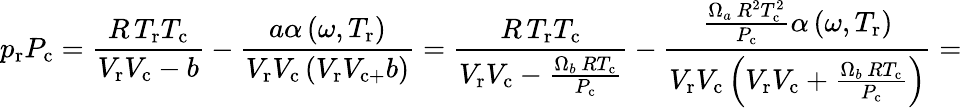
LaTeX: p_{\mathrm{r}}P_{\mathrm{c}}={\frac{R\, T_{\mathrm{r}}T_{\mathrm{c}}}{V_{\mathrm{r}}V_{\mathrm{c}}-b}}-{\frac{a\alpha\left(\omega,T_{\mathrm{r}}\right)}{V_{\mathrm{r}}V_{\mathrm{c}}\left(V_{\mathrm{r}}V_{\mathrm{c+}}b\right)}}={\frac{R\, T_{\mathrm{r}}T_{\mathrm{c}}}{V_{\mathrm{r}}V_{\mathrm{c}}-{\frac{\Omega_{b}\, RT_{\mathrm{c}}}{P_{\mathrm{c}}}}}}-{\frac{{\frac{\Omega_{a}\, R^{2}T_{\mathrm{c}}^{2}}{P_{\mathrm{c}}}}\alpha\left(\omega,T_{\mathrm{r}}\right)}{V_{\mathrm{r}}V_{\mathrm{c}}\left(V_{\mathrm{r}}V_{\mathrm{c}}+{\frac{\Omega_{b}\, RT_{\mathrm{c}}}{P_{\mathrm{c}}}}\right)}}=